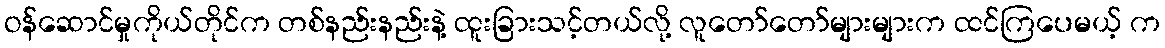
ဝန်ဆောင်မှုကိုယ်တိုင်က တစ်နည်းနည်းနဲ့ ထူးခြားသင့်တယ်လို့ လူတော်တော်များများက ထင်ကြပေမယ့် က